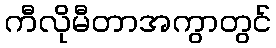
ကီလိုမီတာအကွာတွင်